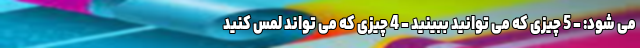
می شود: - 5 چیزی که می توانید ببینید - 4 چیزی که می تواند لمس کنید